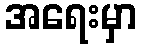
အရေးမှာ